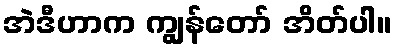
အဲဒီဟာက ကျွန်တော် အိတ်ပါ။